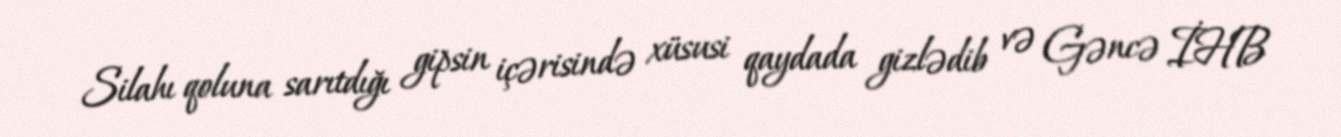
Silahı qoluna sarıtdığı gipsin içərisində xüsusi qaydada gizlədib və Gəncə İHB